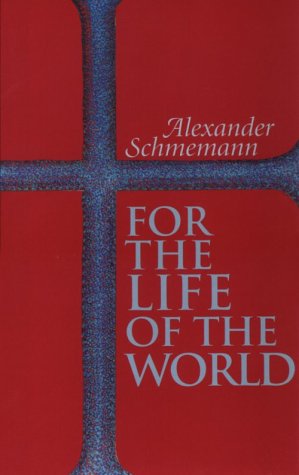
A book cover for For the Life of the World: Sacraments and Orthodoxy; Alexander Schmemann; Christian Books & Bibles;